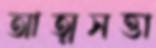
আত্মসত্তা